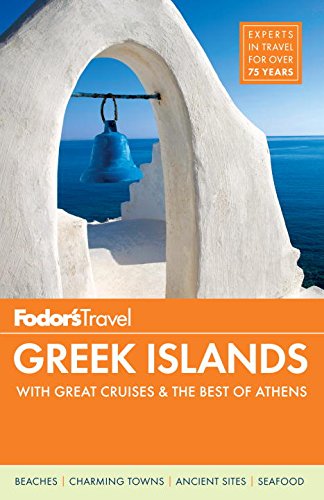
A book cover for Fodor's Greek Islands: with Great Cruises & the Best of Athens (Full-color Travel Guide); Fodor's; Travel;